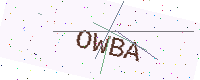
Text: OWBA